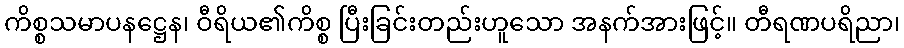
ကိစ္စသမာပနဋ္ဌေန၊ ဝီရိယ၏ကိစ္စ ပြီးခြင်းတည်းဟူသော အနက်အားဖြင့်။ တီရဏပရိညာ၊